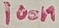
Text: 100n